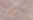
عودتى